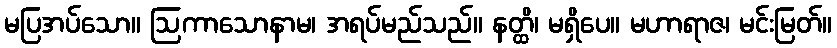
မပြအပ်သော။ ဩကာသောနာမ၊ အရပ်မည်သည်။ နတ္ထိ၊ မရှိပေ။ မဟာရာဇ၊ မင်းမြတ်။